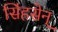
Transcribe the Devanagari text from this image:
सिंहसेन्